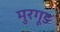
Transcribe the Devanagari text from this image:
मुरगूड